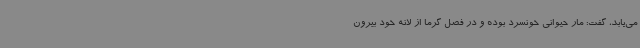
می‌یابد، گفت: مار حیوانی خونسرد بوده و در فصل گرما از لانه خود بیرون